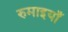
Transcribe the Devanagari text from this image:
रुमाइयाँ